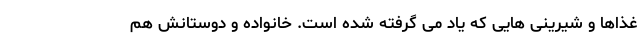
غذاها و شیرینی هایی که یاد می گرفته شده است. خانواده و دوستانش هم